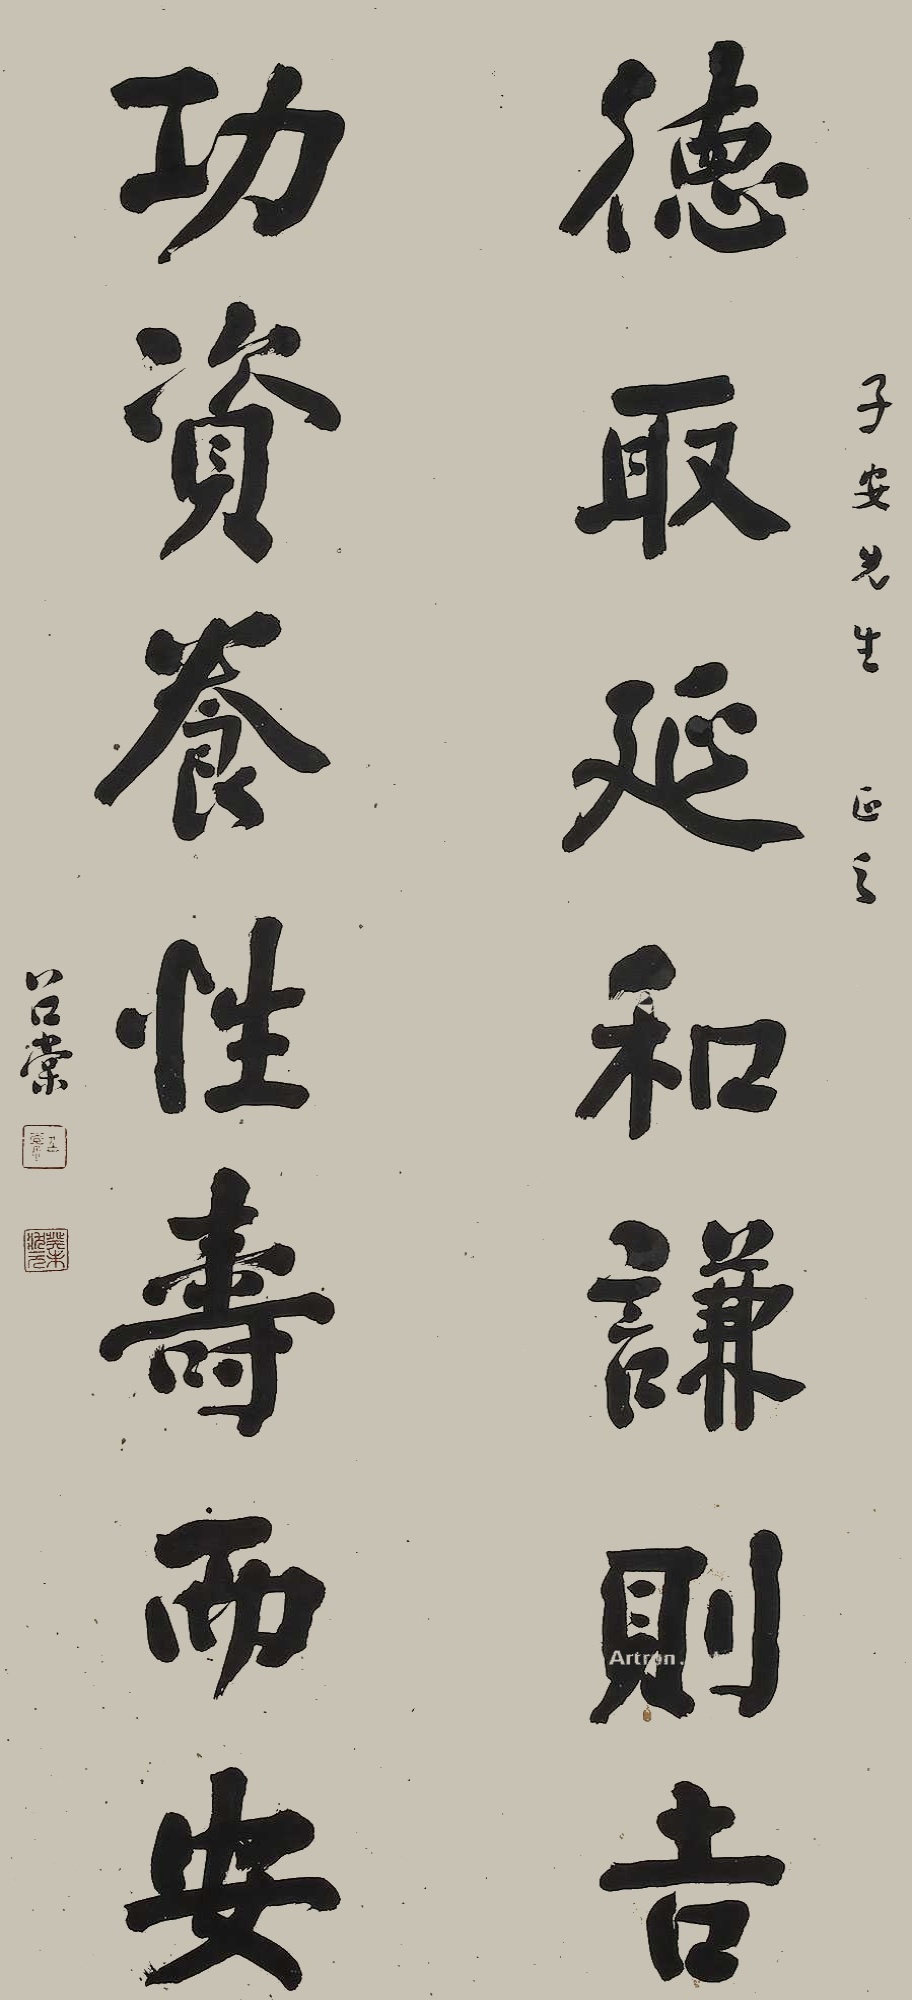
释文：德取延和谦则吉，功资养性寿而安。子安先生正之，召棠。